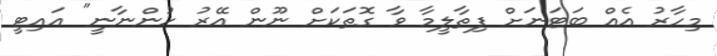
މިހާރު އެއް ބަޓަނަށް ފިތާލީމާ ވާ ގޮތަކަށް ނޫން އޭރު ހުންނާނީ" އައިޓީ